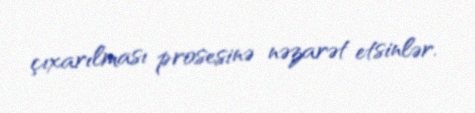
çıxarılması prosesinə nəzarət etsinlər.